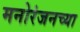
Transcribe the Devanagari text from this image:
मनोरंजनच्या